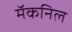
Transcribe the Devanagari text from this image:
मॅकनिल